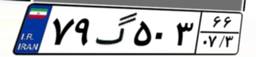
۷۹گ۵۰۳۶۶